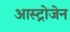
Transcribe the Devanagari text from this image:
आस्ट्रोजेन